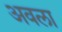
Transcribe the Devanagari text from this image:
अवला